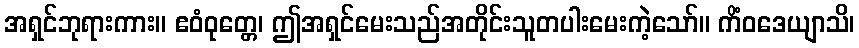
အရှင်ဘုရားကား။ ဧဝံဝုတ္တေ၊ ဤအရှင်မေးသည်အတိုင်းသူတပါးမေးကဲ့သော်။ ကိံဝဒေယျာသိ၊